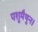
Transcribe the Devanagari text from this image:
पशुमैथुन।